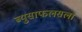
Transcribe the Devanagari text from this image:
ब्युसाफलसला